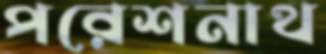
পরেশনাথ